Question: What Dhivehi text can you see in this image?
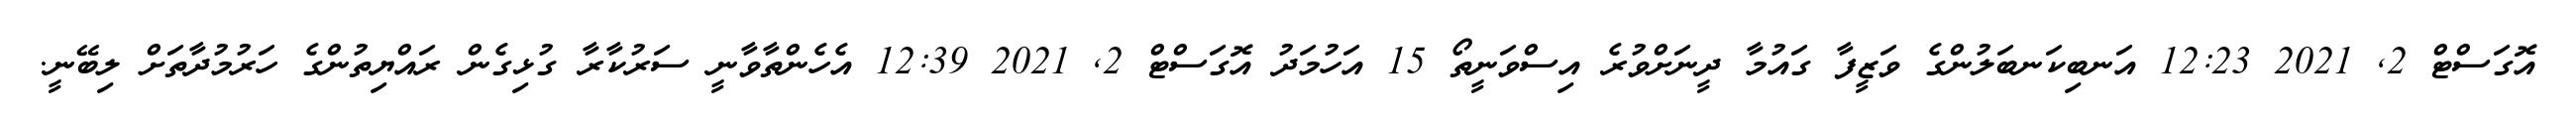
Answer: އޮގަސްޓް 2, 2021 12:23 އަނބިކަނބަލުންގެ ވަޒީފާ ގައުމާ ދީނަށްވުރެ އިސްވަނީތޯ 15 އަހުމަދު އޮގަސްޓް 2, 2021 12:39 އެހެންތާވާނީ ސަރުކާރާ ގުޅިގެން ރައްޔިތުންގެ ހަރުމުދާތަށް ލިބޭނީ.